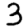
Digit: 3